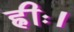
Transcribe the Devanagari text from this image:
ह्रीः।